Calcutta medical institutions reports 1879-81 [i.e.91]
Year: 1879
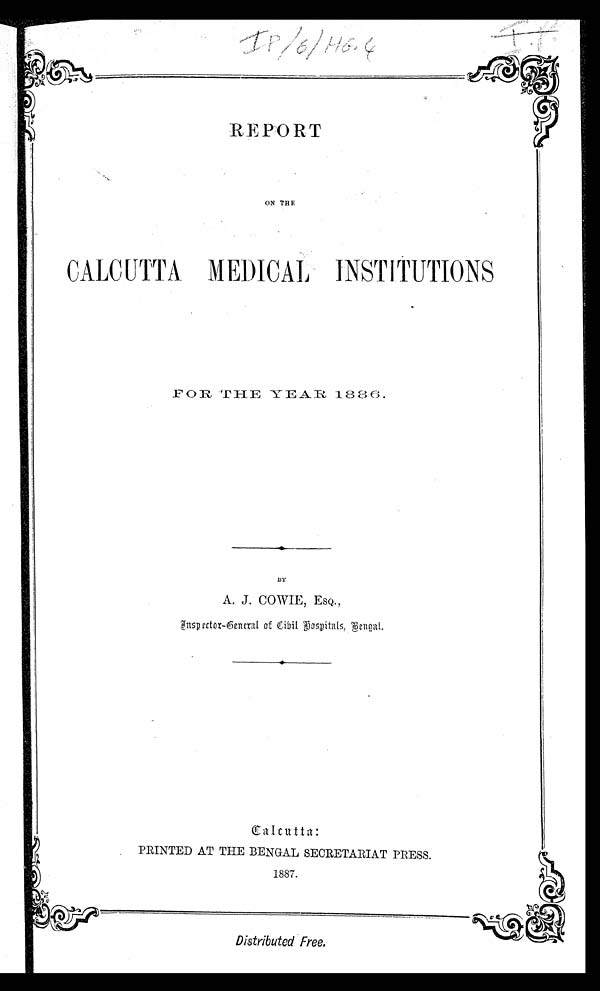
REPORT
ON THE
CALCUTTA MEDICAL INSTITUTIONS
FOR THE YEAR 1886.
BY
A. J. COWIE, ESQ.,
I n s p e c t o r - G e n e r a l o f C i v i l H o s p i t a l s , B e n g a l .
Calcutta:
PRINTED AT THE BENGAL SECRETARIAT PRESS.
1887.
Distributed Free.